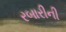
રબારીની